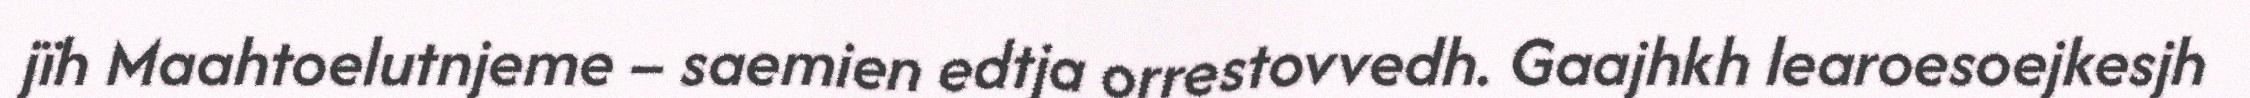
jïh Maahtoelutnjeme – saemien edtja orrestovvedh. Gaajhkh learoesoejkesjh